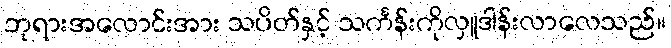
ဘုရားအလောင်းအား သပိတ်နှင့် သင်္ကန်းကိုလှူဒါန်းလာလေသည်။